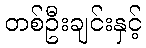
တစ်ဦးချင်းနှင့်